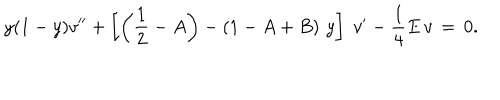
y ( 1 - y ) v ^ { \prime \prime } + \left[ \left( { \frac { 1 } { 2 } } - A \right) - \left( 1 - A + B \right) \, y \right] \; v ^ { \prime } - { \frac { 1 } { 4 } } E \, v \, = \, 0 .